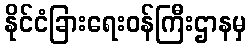
နိုင်ငံခြားရေးဝန်ကြီးဌာနမှ